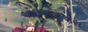
આઇઆરએસ